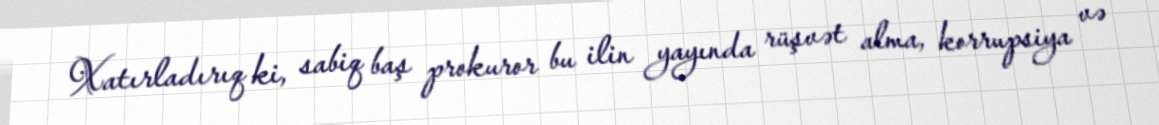
Xatırladırıq ki, sabiq baş prokuror bu ilin yayında rüşvət alma, korrupsiya və